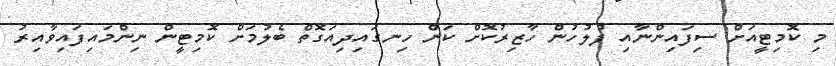
މި ކޮމިޓީއަށް ސިފައިންނާއި ފުލުހުން ހާޒިރުކޮށް ކަން ހިނގައިދިއަގޮތް ބެލުމަށް ކޮމިޓީން ނިންމައިފައިވާއިރު